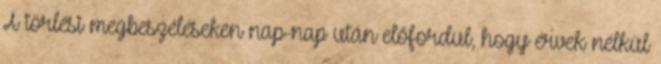
A törlési megbeszéléseken nap-nap után előfordul, hogy érvek nélkül